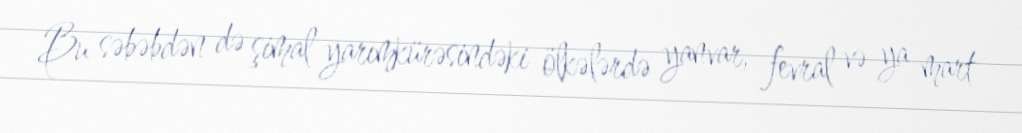
Bu səbəbdən də şimal yarımkürəsindəki ölkələrdə yanvar, fevral və ya mart